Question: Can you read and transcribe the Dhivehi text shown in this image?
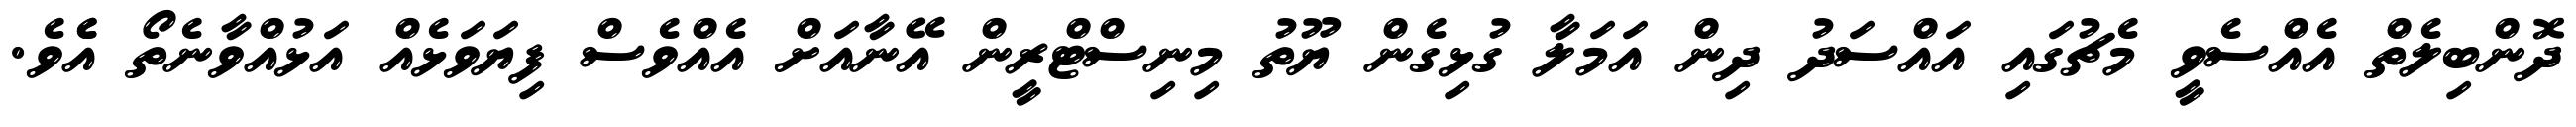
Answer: ދޮންބިލެތް އެއްސެވީ މެޗުގައި އައްސަދު ދިން އަމަލާ ގުޅިގެން ޔޫތު މިނިސްޓްރީން އޭނާއަށް އެއްވެސް ފިޔަވަޅެއް އަޅުއްވާނެތޯ އެެވެ.